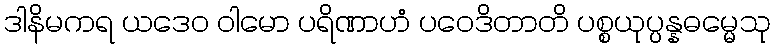
ဒါနိမကရ ယဒေဝ ဝါမော ပရိဏာဟံ ပဝေဒိတာတိ ပစ္စယုပ္ပန္နဓမ္မေသု